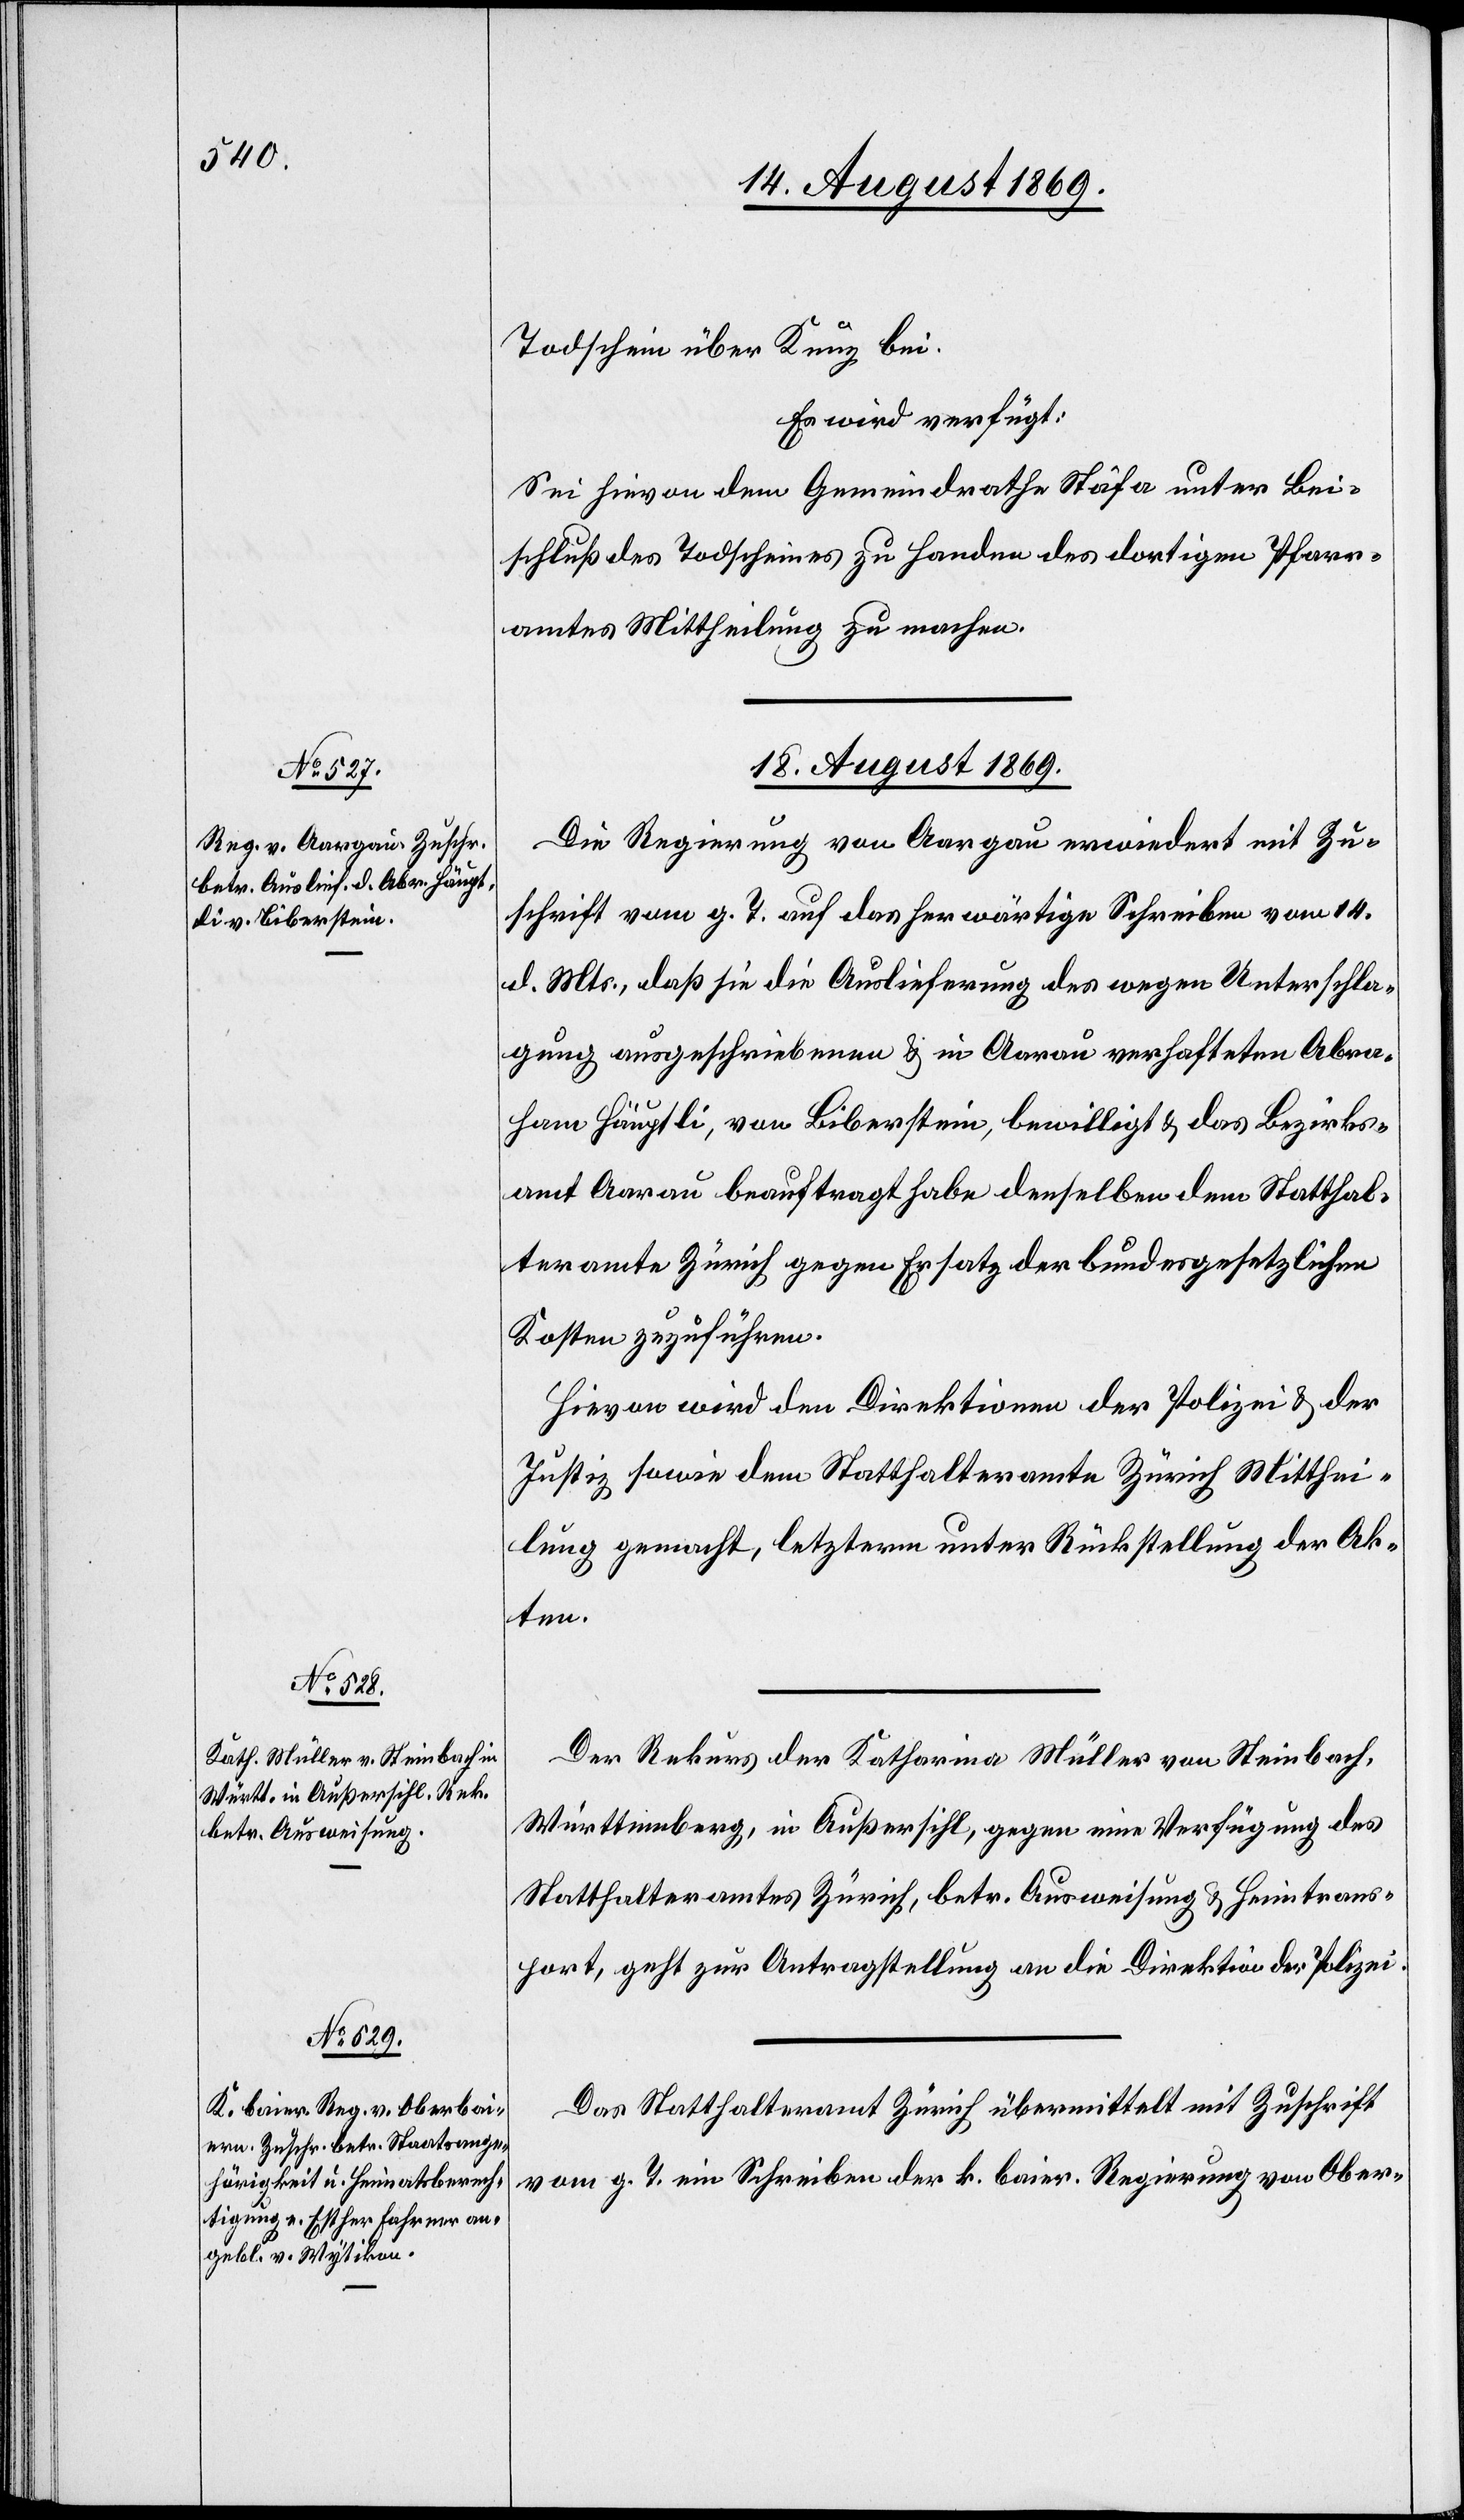
Todschein über Kunz bei.
Es wird verfügt:
Sei hievon dem Gemeindrathe Stäfa unter Bei¬
schluß des Todscheines zu Handen des dortigen Pfarr¬
amtes Mittheilung zu machen.
18. August 1869.]
Die Regierung von Aargau erwiedert mit Zu¬
schrift vom g. T. auf das herwärtige Schreiben vom 14.
d. Mts., daß sie die Auslieferung des wegen Unterschla¬
gung ausgeschriebenen & in Aarau verhafteten Abra¬
ham Häuptli, von Biberstein, bewilligt & das Bezirks¬
amt Aarau beauftragt habe denselben dem Statthal¬
teramte Zürich gegen Ersatz der bundesgesetzlichen
Kosten zuzuführen.
Hievon wird den Direktionen der Polizei & der
Justiz sowie dem Statthalteramte Zürich Mitthei¬
lung gemacht, letzterm unter Rückstellung der Ak¬
ten.
Der Rekurs der Katharina Müller von Steinbach,
Württemberg, in Außersihl, gegen eine Verfügung des
Statthalteramtes Zürich, betr. Ausweisung & Heimtrans¬
port, geht zur Antragstellung an die Direktion der Polizei.
Das Statthalteramt Zürich übermittelt mit Zuschrift
vom g. T. ein Schreiben der k. baier. Regierung von Ober-